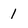
Character: 1